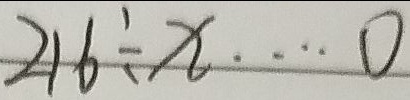
2 1 6 \div x \cdots 0